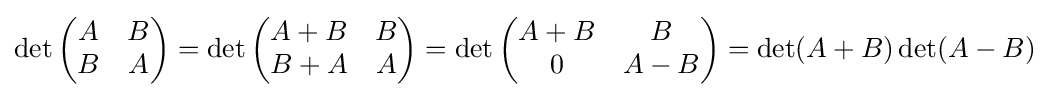
\det {\begin{pmatrix}A&B\\B&A\end{pmatrix}}=\det {\begin{pmatrix}A+B&B\\B+A&A\end{pmatrix}}=\det {\begin{pmatrix}A+B&B\\0&A-B\end{pmatrix}}=\det(A+B)\det(A-B)